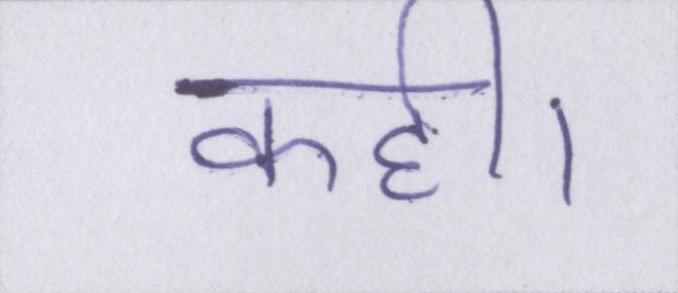
कही।